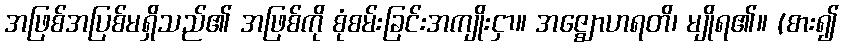
အဖြစ်အပြစ်မရှိသည်၏ အဖြစ်ကို စုံစမ်းခြင်းအကျိုးငှာ။ အဇ္ဈောဟရတိ၊ မျိုရ၏။ (စား၍